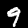
Label: 9